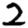
Digit: 2